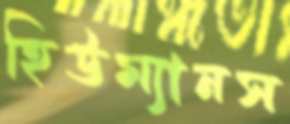
হিউম্যানস